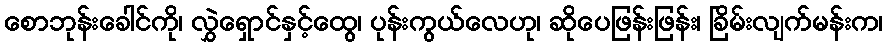
စောဘုန်းခေါင်ကို၊ လွှဲရှောင်နှင့်ထွေ၊ ပုန်းကွယ်လေဟု၊ ဆိုပေဖြန်းဖြန်း၊ ခြိမ်းလျက်မန်းက၊